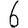
Digit: 6